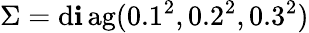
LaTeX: \Sigma=\operatorname{d\mathbf{i}ag}(0.1^{2},0.2^{2},0.3^{2})